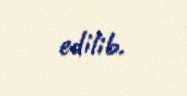
edilib.